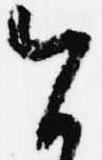
今